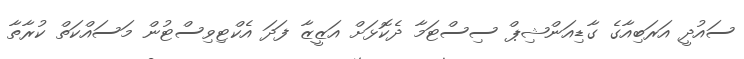
ސައުދީ އަރަބިއާގެ ގާޑިއަންޝިޕް ސިސްޓަމާ ދެކޮޅަށް އަޒީޒާ ފަދަ އެކްޓިވިސްޓުން މަސައްކަތް ކުރާތާ